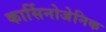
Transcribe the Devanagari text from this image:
कार्सिनोजेनिक